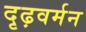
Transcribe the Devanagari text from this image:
दृढ़वर्मन